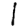
Digit: 1